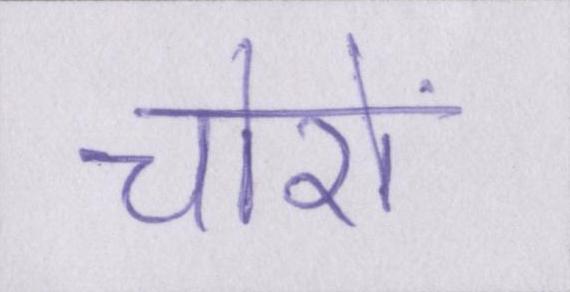
चोरों